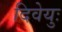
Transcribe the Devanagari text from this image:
दिवेयुः